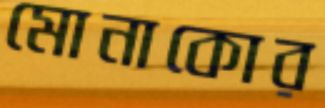
মোনাকোর